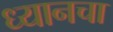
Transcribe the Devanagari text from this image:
ध्यानचा